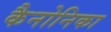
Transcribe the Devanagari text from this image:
कैनोनिका